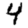
Digit: 4